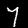
Digit: 7